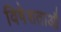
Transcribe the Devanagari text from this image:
विषेशताऔ